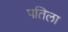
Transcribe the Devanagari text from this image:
पतिला